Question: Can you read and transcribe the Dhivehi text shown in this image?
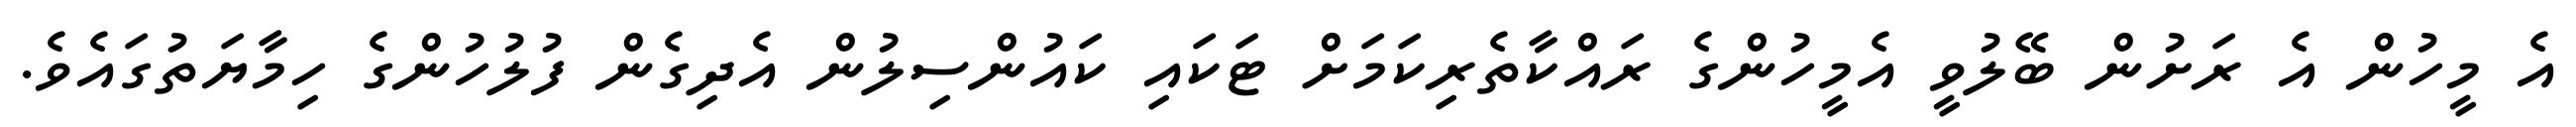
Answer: އެ މީހުން އެ ރަށުން ބޭލުވީ އެމީހުންގެ ރައްކާތެރިކަމަށް ޓަކައި ކައުންސިލުން އެދިގެން ފުލުހުންގެ ހިމާޔަތުގައެވެ.